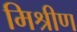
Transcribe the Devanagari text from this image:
मिश्रीण